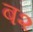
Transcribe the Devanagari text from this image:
ब२